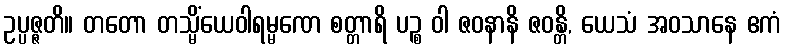
ဥပ္ပဇ္ဇတိ။ တတော တသ္မိံယေဝါရမ္မဏေ စတ္တာရိ ပဉ္စ ဝါ ဇဝနာနိ ဇဝန္တိ, ယေသံ အဝသာနေ ဧကံ